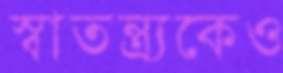
স্বাতন্ত্র্যকেও